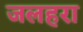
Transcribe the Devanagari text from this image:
जलहरा